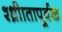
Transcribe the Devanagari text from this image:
श्ध्रीातापूर्वक